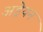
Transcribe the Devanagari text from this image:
अड्रेयन